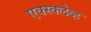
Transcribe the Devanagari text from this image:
एक्स्क्लेव्ह